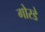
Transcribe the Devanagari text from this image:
गोरडे